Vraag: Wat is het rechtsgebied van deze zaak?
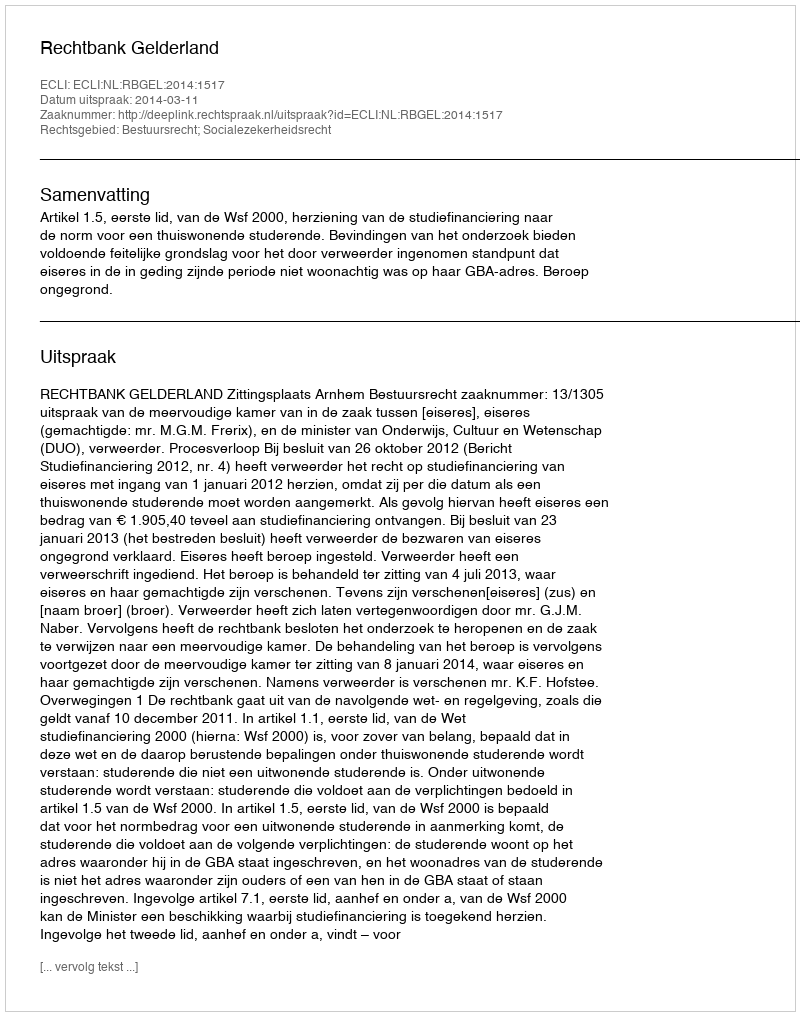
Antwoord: Bestuursrecht; Socialezekerheidsrecht